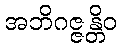
အဘိဂဇ္ဇန္တိဝ